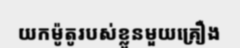
យកម៉ូតូរបស់ខ្លួនមួយគ្រឿង